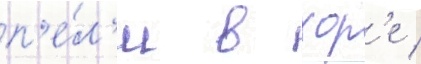
п'е́л'и в хор'е /